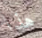
هذا